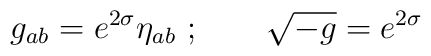
g_{ab} = e^{2\sigma} \eta_{ab}\ ;\qquad \sqrt {-g} = e^{2\sigma}